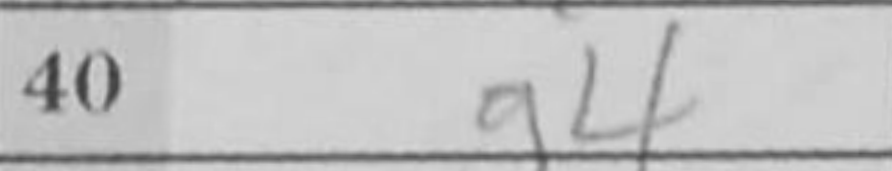
Transcription: g4